General report no. 6 on the lunatic asylums, vaccination and dispensaries in the Bengal Presidency, 1873 -
Year: 1873
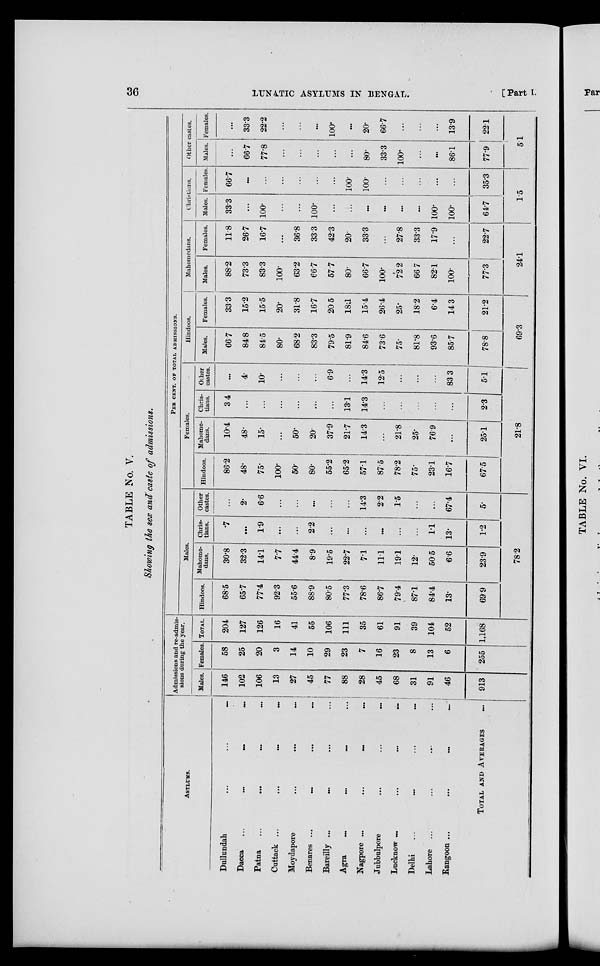
36
LUNATIC ASYLUMS IN BENGAL.
[Part I.
TABLE No. V.
Showing the sex and caste of admissions.
ASYLUMS.
Dullundah
...
...
...
Dacca
...
...
...
...
Patna
...
...
...
...
Cuttack ...
...
...
...
Moydapore ... ... ...
Benares ...
...
... ...
Bareilly ... ... ... ...
Agra
...
...
...
...
Nagpore ...
...
...
...
Jubbulpore ... ... ...
Lucknow
...
...
...
...
Delhi
... ... ... ...
Lahore ... ... ... ...
Rangoon ...
...
...
...
TOTAL AND AVERAGES ...
Admissions and re-admis-
sions during the year.
Males.
146
102
106
13
27
45
77
88
28
45
68
31
91
46
913
Females.
58
25
20
3
14
10
29
23
7
16
23
8
13
6
255
TOTAL.
204
127
126
16
41
55
106
111
35
61
91
39
104
52
1,168
PER CENT. OF TOTAL ADMISSIONS.
Males.
Hindoos.
68.5
65.7
77.4
92.3
55.6
88.9
80.5
77.3
78.6
86.7
79.4
87.1
84.4
13.
69.9
Mahome.
dans.
30.8
32.3
14.1
7.7
44.4
8.9
19.5
22.7
7.1
11.1
19.1
12.
50.5
6.6
23.9
Chris-
tians.
.7
...
1.9
...
...
2.2
...
...
...
...
...
...
1.1
13.
1.2
Other
castes.
...
2.
6.6
...
...
...
...
...
14.3
2.2
1.5
...
...
67.4
5.
78.2
Females.
Hindoos.
86.2
48.
75.
100.
50.
80.
55.2
65.2
57.1
87.5
78.2
75.
23.1
16.7
67.5
Mahome.
dans.
10.4
48.
15.
...
50.
20.
37.9
21.7
14.3
...
21.8
25.
76.9
...
25.1
Chris-
tians.
34
...
...
...
...
...
...
13.1
14.3
...
...
...
...
...
2.3
Other
castes.
...
4.
10.
...
...
...
6.9
...
14.3
12.5
...
...
...
83.3
5.1
21.8
Hindoos.
Males.
66.7
84.8
84.5
80.
68.2
83.3
79.5
81.9
84.6
73.6
75.
81.8
93.6
85.7
78.8
Females.
33.3
15.2
15.5
20.
31.8
16.7
20.5
18.1
15.4
26.4
25.
18.2
6.4
14.3
21.2
69.3
Mahomedans.
Males.
88.2
73.3
83.3
100.
63.2
66.7
577
80.
66.7
100.
72.2
66.7
82.1
100.
77.3
Females.
11.8
26.7
16.7
...
36.8
33.3
42.3
20.
33.3
...
27.8
33.3
17.9
...
22.7
24.1
Christians.
Males.
33.3
...
100.
...
...
100.
...
...
...
...
...
...
100.
100.
64.7
Females.
66.7
...
...
...
...
...
...
100.
100.
...
...
...
...
...
35.3
1.5
Other castes.
Males.
...
66.7
77.8
...
...
...
...
...
80.
33.3
100.
...
...
86.1
77.9
Females.
...
33.3
22.2
...
...
...
100.
...
20.
66.7
...
...
...
13.9
22.1
5.1